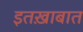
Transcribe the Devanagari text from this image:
इतख़ाबात